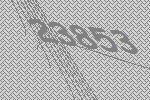
23853